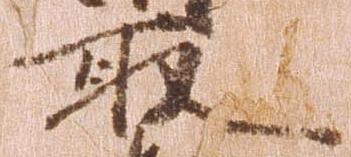
取